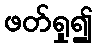
ဖတ်ရှု၍